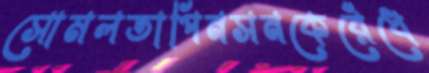
সোমলতাপিনসনকেরেঁধে